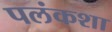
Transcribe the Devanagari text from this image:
पलंकशा